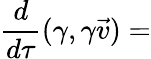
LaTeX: {\frac{d}{d\tau}}(\gamma,\gamma{\vec{v}})=